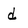
Character: d